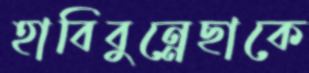
হাবিবুন্নেছাকে